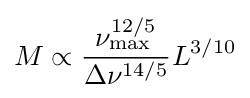
M\propto {\frac {\nu _{\mathrm {max} }^{12/5}}{\Delta \nu ^{14/5}}}L^{3/10}